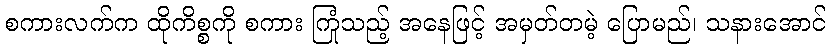
စကားလက်က ထိုကိစ္စကို စကား ကြုံသည့် အနေဖြင့် အမှတ်တမဲ့ ပြောမည်၊ သနားအောင်